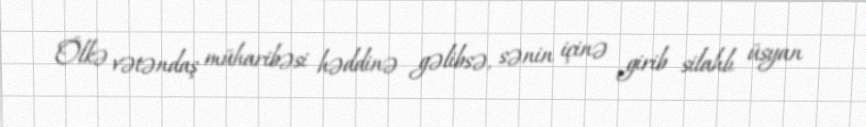
Ölkə vətəndaş müharibəsi həddinə gəlibsə, sənin içinə girib silahlı üsyan